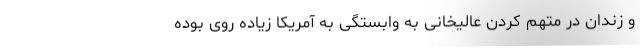
و زندان در متهم کردن عالیخانی به وابستگی به آمریکا زیاده روی بوده